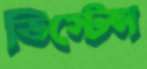
ডিস্টেন্স